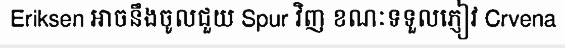
Eriksen អាចនឹងចូលជួយ Spur វិញ ខណៈទទួលភ្ញៀវ Crvena